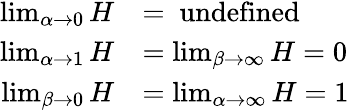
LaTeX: {\begin{array}{rl}{\operatorname*{lim}_{\alpha\to 0}H}&{={\mathrm{~undefined~}}}\\ {\operatorname*{lim}_{\alpha\to 1}H}&{=\operatorname*{lim}_{\beta\to\infty}H=0}\\ {\operatorname*{lim}_{\beta\to 0}H}&{=\operatorname*{lim}_{\alpha\to\infty}H=1}\end{array}}